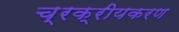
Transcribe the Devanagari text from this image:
च्रक्रीयकरण